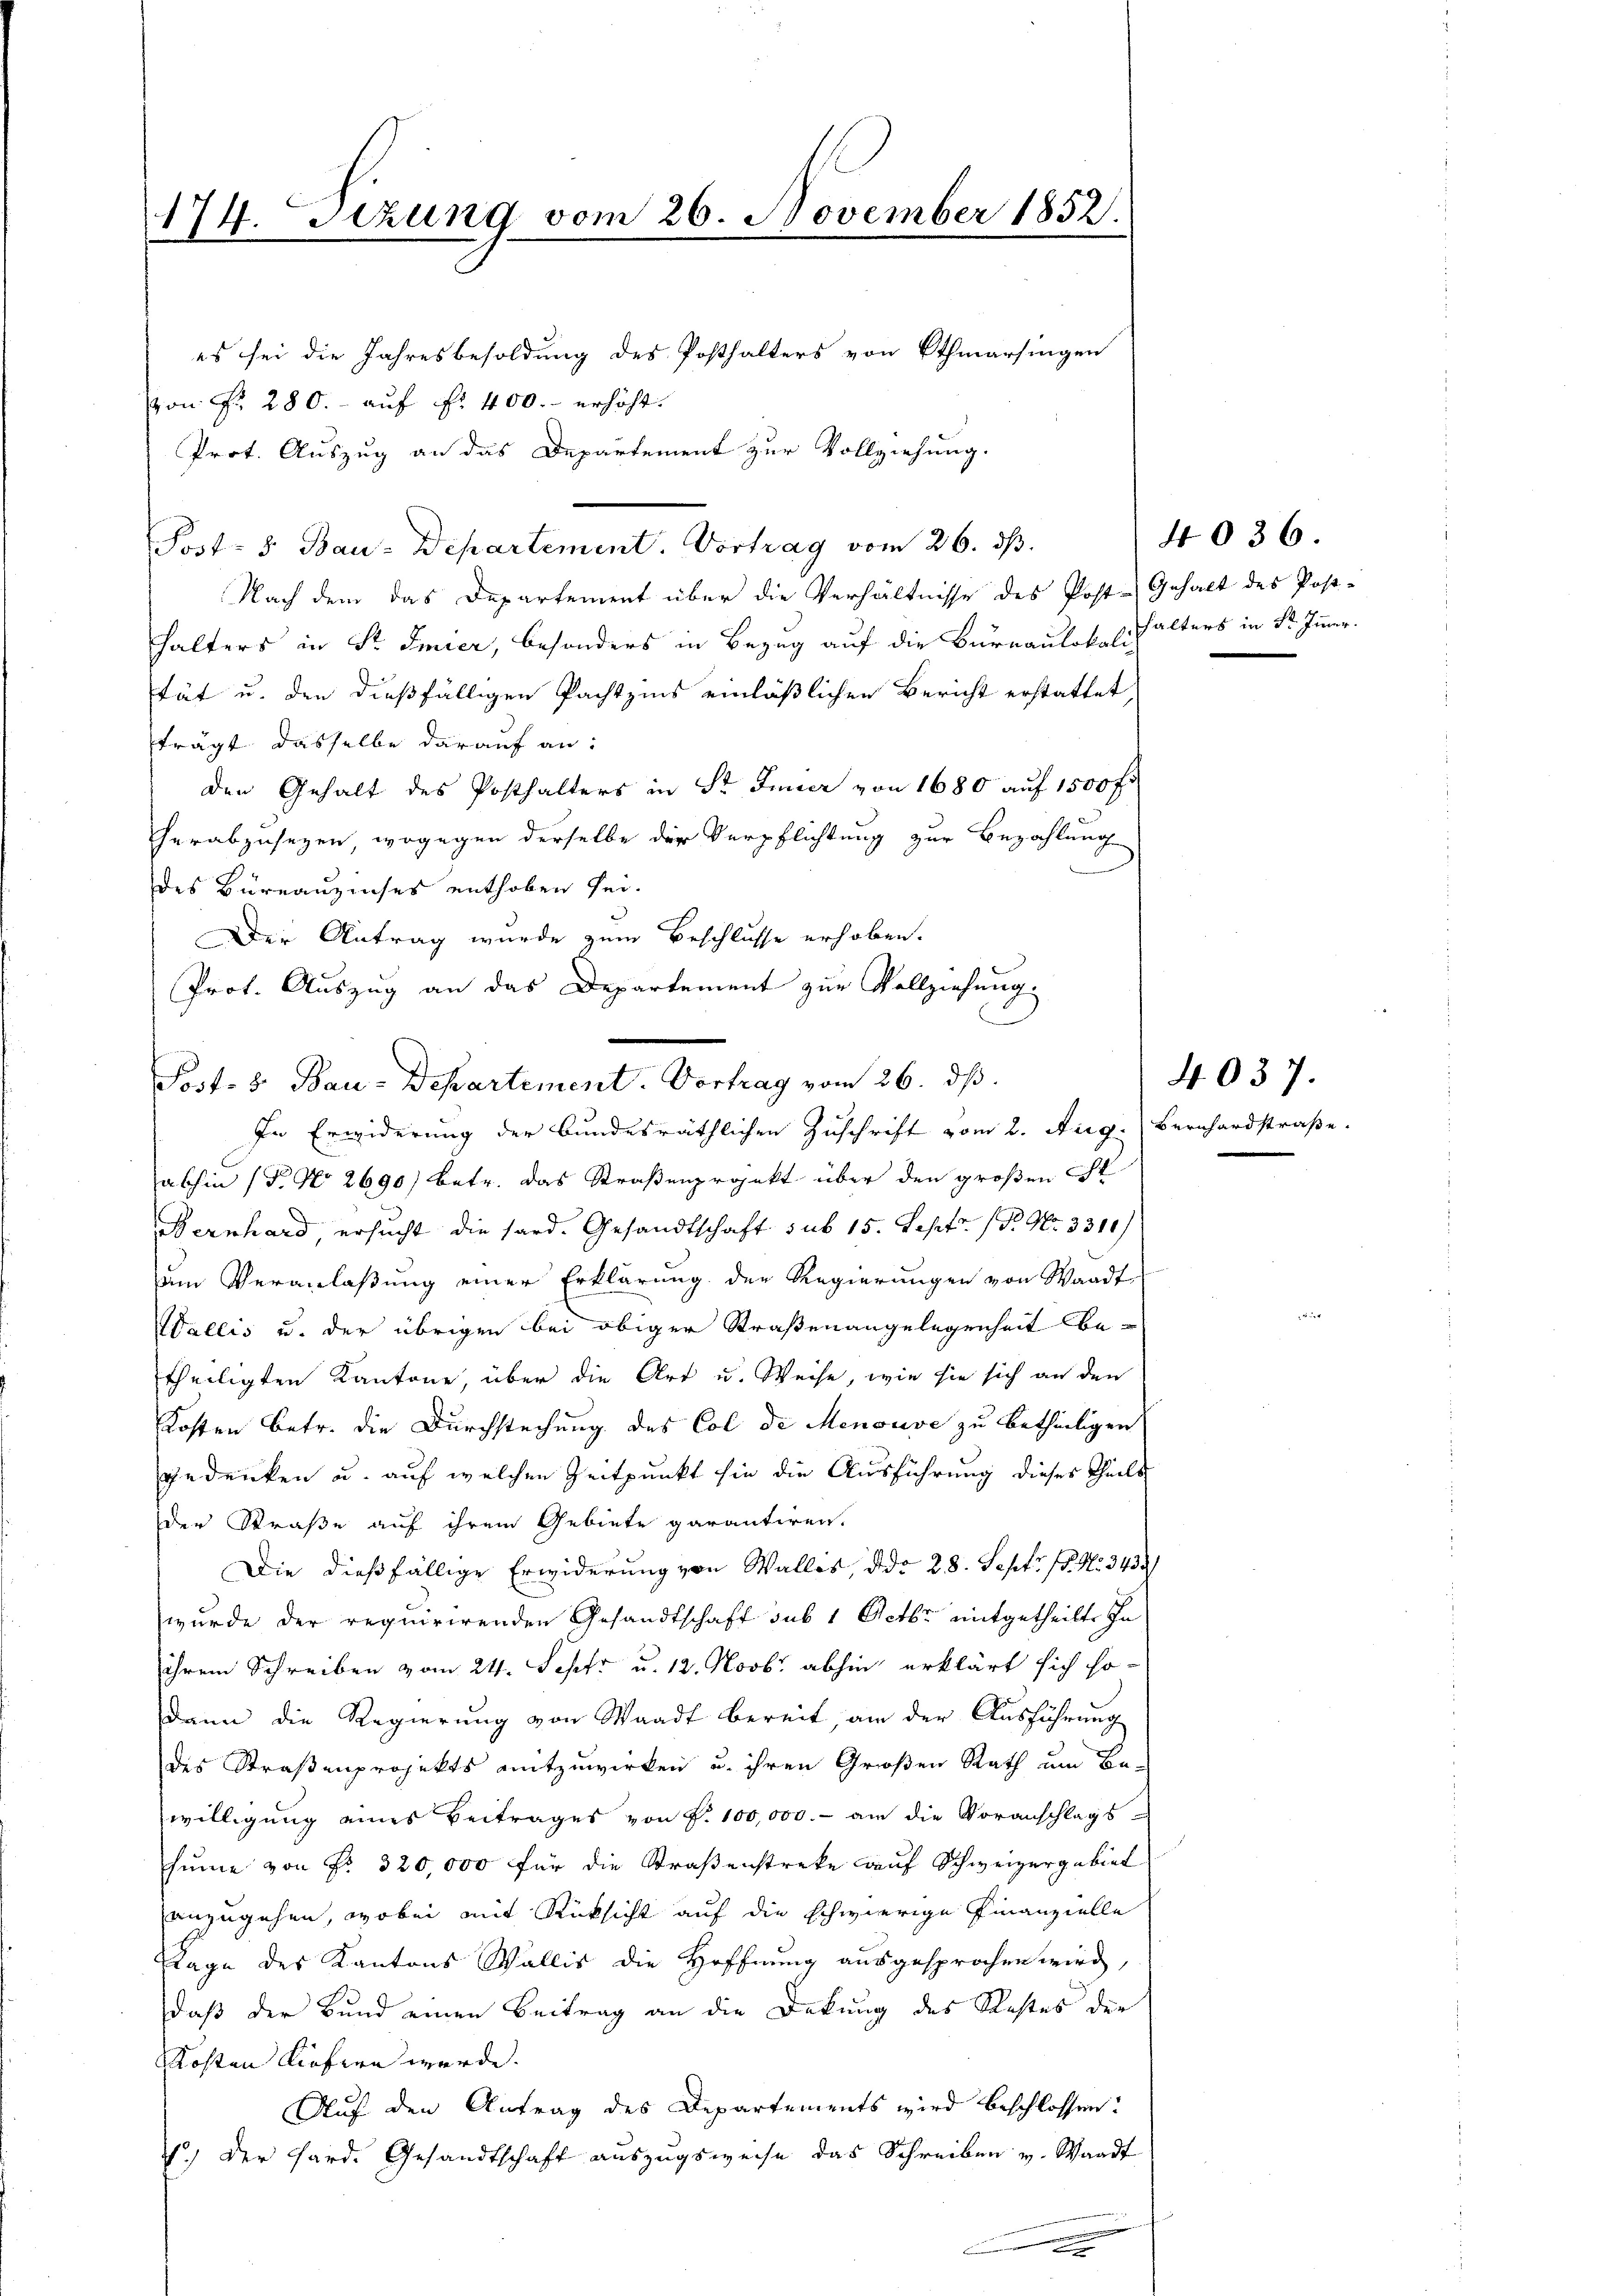
174. Sizung vom 26. November 1852.

es sei die Jahresbesoldung des Posthalters von Othmarsingen
von Fr. 280. - auf fr. 400.- erhöht.
Prot. Auszug an das Departement zur Vollziehung.
Post- 5. Bau-Departement. Vortrag vom 26. ds.
Nach dem das Departement über die Verhältnisse des Post-Gehalt des Post-
halters in Sr. Emier, besonders in Bezug auf die Bureaulokalisch alters in St. Immerstät u. den dießfälligen Pachtzins einläßlichen Bericht erstattet,
trägt dasselbe darauf an:
den Gehalt des Posthalters in Sr. Inner von 1680 auf 1500 fr
herabzusezen, wogegen derselbe der Verpflichtung zur Bezahlung
des Büreauzinses enthoben sei.
Der Antrag wurde zum Beschlusse erhoben.
In Erwiderung der bundesräthlichen Zuschrift vom 2. Aug. (Bernhardstraße.
abhin (T. No 2690) betr. das Straßenprojekt über den großen St
Bernhard ersucht die sard. Gesandtschaft sub 15. Lehetr. P. Nr. 3310).
am Veranlaßung einer Erklärung der Regierungen von Waadt
Wallis u. der übrigen bei obiger Straßenangelegenheit be-
theiligten Kantone, über die Art u. Weise, wie sie sich an den
Kosten Betr. die Durchstechung des Col de Menouve zu betheiligen
gedenken u. auf welchen Zeitpunkt sie die Ausführung dieses Theils
der Straße auf ihrem Gebiete garantiren.
Die dießfällige Erwiderung von Walles, ddo 28. Sept. 18. No. 343
wurde der requirirenden Gesandtschaft sub 1 Octbr mitgetheilte In
ihrem Schreiben vom 24. Sept. u. 12. Novbr. abhin erklärt sich sodann die Regierung von Waadt bereit, an der Ausführung
des Straßenprojekts amtzuwirken u. ihren Großen Rath um Bewilligung eines Beitrages von P. 100,000.- an die Voranschlags-
sume von Fr. 320,000 für die Straßenstreke auf Schweizergebiet
anzugehen, wobei mit Rüksicht auf die schwierige Finanzielle
Tage des Kantons Wallis die Hoffnung ausgesprochen wird,
daß der Bund einen Beitrag an die Dekung des Restes der
Kosten Liefern werde.
Auf den Antrag des Departements wird beschlossen:
f.) Der Hard. Gesandtschaft auszugsweise das Schreiben v. Waadt
.

Prot. Auszug an das Departement zur Vollziehung,
Post- & Bau-Departement. Vortrag vom 26. ds.

4036.

e

4037.